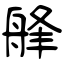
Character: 艂